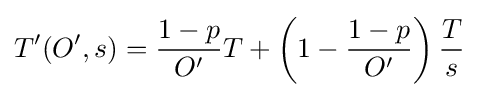
T'(O',s)={\frac {1-p}{O'}}T+\left(1-{\frac {1-p}{O'}}\right){\frac {T}{s}}